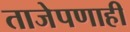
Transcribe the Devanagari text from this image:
ताजेपणाही